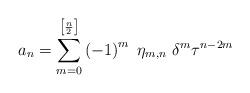
LaTeX: \begin{align*}a_n = \sum_{m=0}^{\left[\frac{n}{2}\right]} \left( -1 \right)^m ~\eta_{m,n}~ \delta^m \tau^{n-2m}\end{align*}